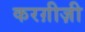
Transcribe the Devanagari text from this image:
करग़ीज़ी